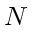
N